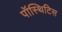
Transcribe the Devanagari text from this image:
पॉस्थिटिस